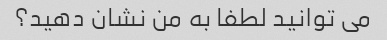
می توانید لطفا به من نشان دهید؟